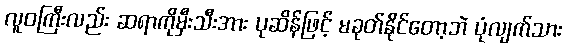
လူဝကြီးလည်း ဆရာကိုမှီးသီးအား ပုဆိန်ဖြင့် မခုတ်နိုင်တော့ဘဲ ပုံလျက်သား